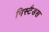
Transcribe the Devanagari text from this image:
निस्टैडस